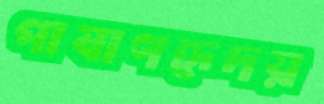
পাষাণহৃদয়